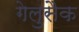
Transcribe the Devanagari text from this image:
गेलुसैक